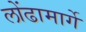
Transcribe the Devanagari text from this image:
लोंढामार्गे